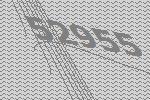
52955